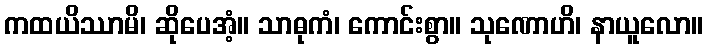
ကထယိဿာမိ၊ ဆိုပေအံ့။ သာဓုကံ၊ ကောင်းစွာ။ သုဏောဟိ၊ နာယူလော။